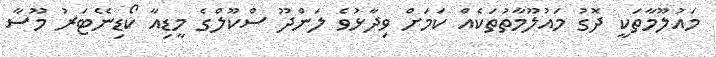
މައުލޫމާތަކީ ދޮގު މައުލޫމާތުތަކެއް ކަމަށް ވިދާޅުވެ ލަންދޫ ސްކޫލްގެ މީޑިއާ ކޯޑިނޭޓަރު މޫސާ